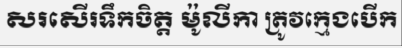
សរសើរទឹកចិត្ត ម៉ូលីកា ត្រូវក្មេងបើក